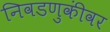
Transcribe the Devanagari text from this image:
निवडणुकींवर